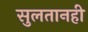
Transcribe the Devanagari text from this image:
सुलतानही